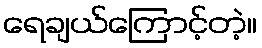
ရေချယ်ကြောင့်တဲ့။